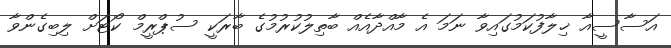
އަސާސީއާ ޚިލާފުކަމުގައިވާ ނަމަ އެ މާއްދާއެއް ބާތިލުކުރުމުގެ ބާރަކީ ސުޕްރީމް ކޯޓަށް ލިބިގެންވާ